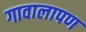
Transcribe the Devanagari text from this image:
गावालापण